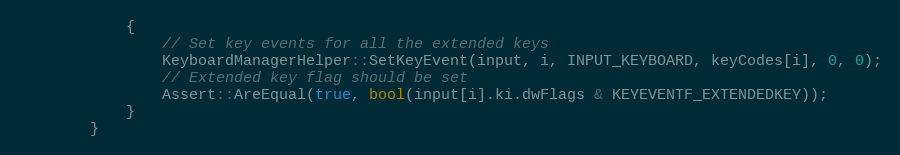
Language: C++
            {
                // Set key events for all the extended keys
                KeyboardManagerHelper::SetKeyEvent(input, i, INPUT_KEYBOARD, keyCodes[i], 0, 0);
                // Extended key flag should be set
                Assert::AreEqual(true, bool(input[i].ki.dwFlags & KEYEVENTF_EXTENDEDKEY));
            }
        }